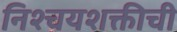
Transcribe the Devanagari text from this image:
निश्चयशक्तीची